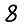
Digit: 8